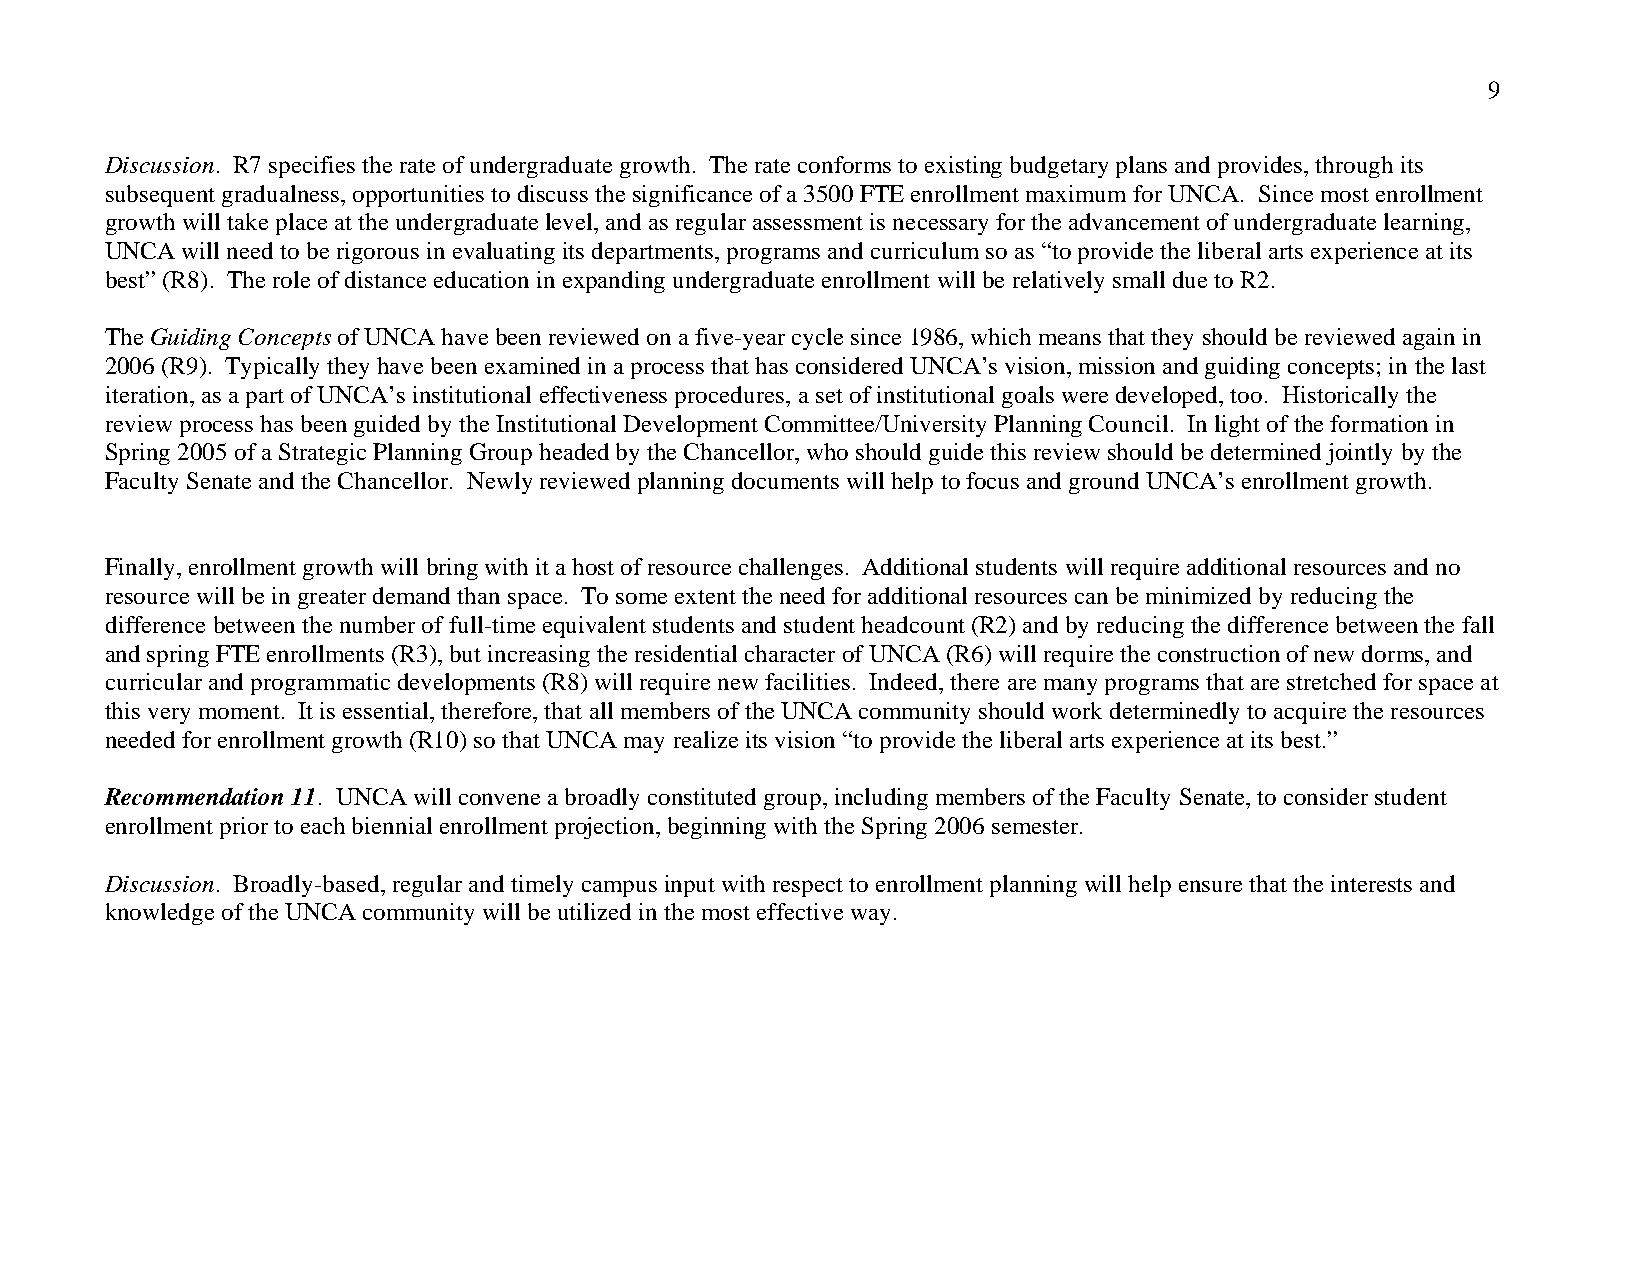
9
 Discussion. R7 specifies the rate of undergraduate growth. The rate conforms to existing budgetary plans and provides, through its
 subsequent gradualness, opportunities to discuss the significance of a 3500 FTE enrollment maximum for UNCA. Since most enrollment
 growth will take place at the undergraduate level, and as regular assessment is necessary for the advancement of undergraduate learning,
 UNCA will need to be rigorous in evaluating its departments, programs and curriculum so as “to provide the liberal arts experience at its
 best” (R8). The role of distance education in expanding undergraduate enrollment will be relatively small due to R2.
 The Guiding Concepts of UNCA have been reviewed on a five-year cycle since 1986, which means that they should be reviewed again in
 2006 (R9). Typically they have been examined in a process that has considered UNCA’s vision, mission and guiding concepts; in the last
 iteration, as a part of UNCA’s institutional effectiveness procedures, a set of institutional goals were developed, too. Historically the
 review process has been guided by the Institutional Development Committee/University Planning Council. In light of the formation in
 Spring 2005 of a Strategic Planning Group headed by the Chancellor, who should guide this review should be determined jointly by the
 Faculty Senate and the Chancellor. Newly reviewed planning documents will help to focus and ground UNCA’s enrollment growth.
 Finally, enrollment growth will bring with it a host of resource challenges. Additional students will require additional resources and no
 resource will be in greater demand than space. To some extent the need for additional resources can be minimized by reducing the
 difference between the number of full-time equivalent students and student headcount (R2) and by reducing the difference between the fall
 and spring FTE enrollments (R3), but increasing the residential character of UNCA (R6) will require the construction of new dorms, and
 curricular and programmatic developments (R8) will require new facilities. Indeed, there are many programs that are stretched for space at
 this very moment. It is essential, therefore, that all members of the UNCA community should work determinedly to acquire the resources
 needed for enrollment growth (R10) so that UNCA may realize its vision “to provide the liberal arts experience at its best.”
 Recommendation 11. UNCA will convene a broadly constituted group, including members of the Faculty Senate, to consider student
 enrollment prior to each biennial enrollment projection, beginning with the Spring 2006 semester.
 Discussion. Broadly-based, regular and timely campus input with respect to enrollment planning will help ensure that the interests and
 knowledge of the UNCA community will be utilized in the most effective way.